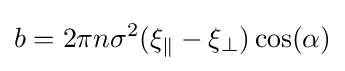
b=2\pi n\sigma ^{2}(\xi _{\parallel }-\xi _{\perp })\cos(\alpha )